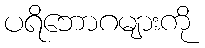
ပရိဘောဂများကို